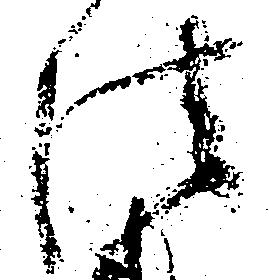
法